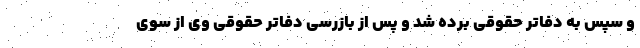
و سپس به دفاتر حقوقی برده شد و پس از بازرسی دفاتر حقوقی وی از سوی